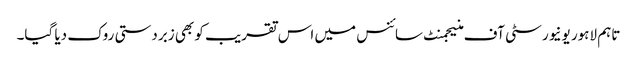
تاہم لاہور یونیورسٹی آف منیجمنٹ سائنس میں اس تقریب کو بھی زبردستی روک دیا گیا۔